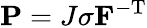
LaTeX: \mathbf{P}=J\sigma\mathbf{F}^{-\mathrm{T}}